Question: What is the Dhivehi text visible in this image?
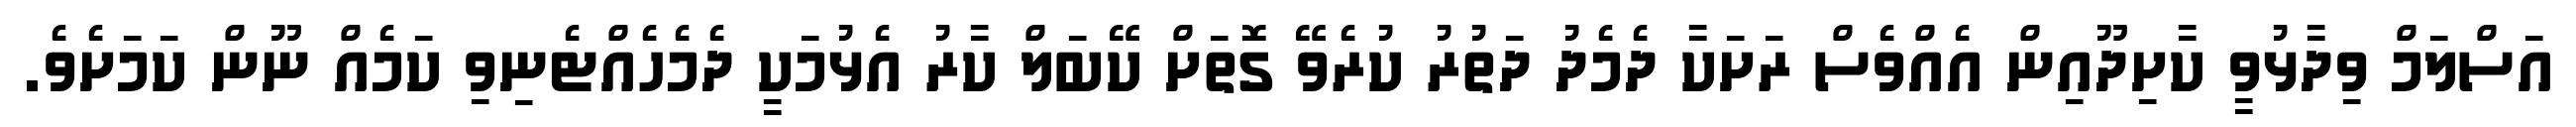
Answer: އަސްލަމް ވިދާޅުވީ ކާށިދޫއިން އެއްވެސް ރަށަކާ ދެމެދު ދަތުރު ކުރެވޭ ގޮތަށް ކޭބަލް ކާރު އެޅުމަކީ ދެމެހެއްޓެނިވި ކަމެއް ނޫން ކަމަށެވެ.